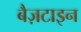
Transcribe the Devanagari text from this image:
बैज़टाइन